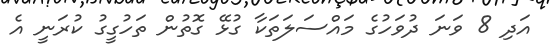
އަދި 8 ވަނަ ދުވަހުގެ މައްސަލަތަކާ ގުޅޭ ގޮތުން ތަހުގީގު ކުރަނީ އެ